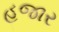
હજાર